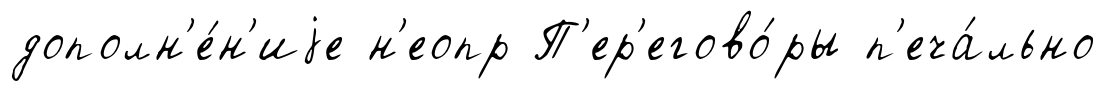
дополн'е́н'иjе н'еопр П'ер'егово́ры п'еча́льно